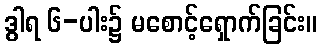
ဒွါရ ၆-ပါး၌ မစောင့်ရှောက်ခြင်း။